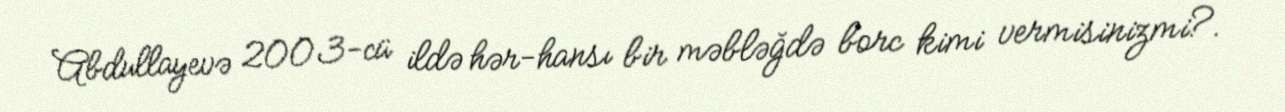
Abdullayevə 2003-cü ildə hər-hansı bir məbləğdə borc kimi vermisinizmi?.